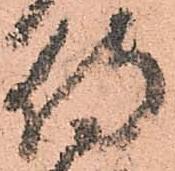
侍